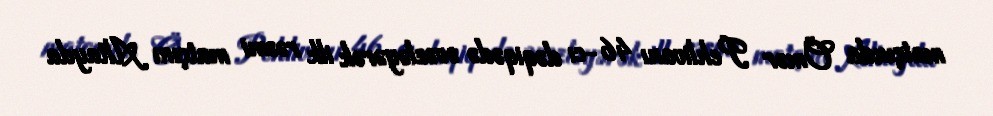
matçında Ömər Pehlivanı 46-cı dəqiqədə əvəzləyərək ilk rəsmi matçını Altayda